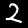
Label: 2